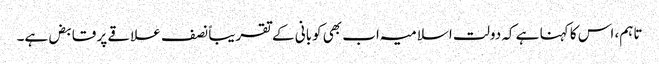
تاہم، اس کا کہنا ہے کہ دولت اسلامیہ اب بھی کوبانی کے تقریباً نصف علاقے پر قابض ہے۔